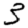
Digit: 3